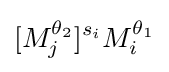
[M_{j}^{\theta _{2}}]^{s_{i}}M_{i}^{\theta _{1}}